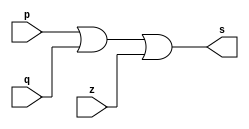
// ------------------------- 
// Exemplo5 - OR 3 portas
// Nome: Julio Miranda Machado
// ------------------------- 
// ------------------------- 
// -- or gate 
// ------------------------- 
module orgate ( output s, 
input p, 
input q,
input z); 
assign s = p | q | z; 
endmodule // orgate 
// --------------------- 
// -- test or gate 
// --------------------- 
module testorgate; 
// ------------------------- dados locais 
reg a, b, c; // definir registradores 
wire s; // definir conexao (fio) 
// ------------------------- instancia 
orgate AND1 (s, a, b ,c); 
// ------------------------- preparacao 
initial begin:start 
a=0; b=0; c=0; 
end 
// ------------------------- parte principal 
initial begin 
$display("Exemplo5 - Julio Miranda Machado- 435666-7"); 
$display("Test OR 3 portas gate"); 
$display("\na & b = s\n"); 
a=0;b=0;c=0; 
#1 $display("%b & %b & %b = %b", a, b, c, s); 
a=0; b=0;c=1; 
#1 $display("%b & %b & %b = %b", a, b, c, s); 
a=0; b=1;c=0; 
#1 $display("%b & %b & %b = %b", a, b, c, s); 
a=0; b=1;c=1; 
#1 $display("%b & %b & %b = %b", a, b, c, s); 
a=1;b=0;c=0;
#1 $display("%b & %b & %b = %b", a, b, c, s); 
a=1;b=0;c=1;
#1 $display("%b & %b & %b = %b", a, b, c, s); 
a=1;b=1;c=0;
#1 $display("%b & %b & %b = %b", a, b, c, s); 
a=1;b=1;c=1;
#1 $display("%b & %b & %b = %b", a, b, c, s); 

end 
endmodule // testorgate